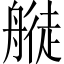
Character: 𦪂